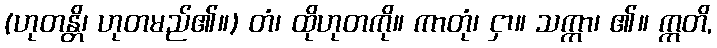
(ဟုတန္တိ၊ ဟုတမည်၏။) တံ၊ ထိုဟုတကို။ ကာတုံ၊ ငှာ။ သက္ကာ၊ ၏။ ဣတိ,